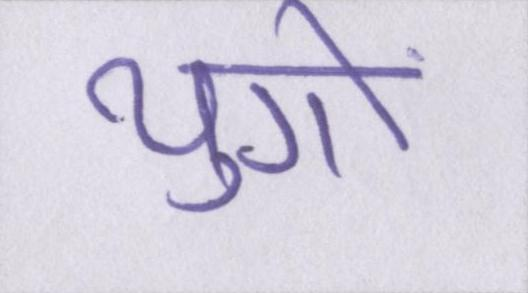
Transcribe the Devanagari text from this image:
युगों